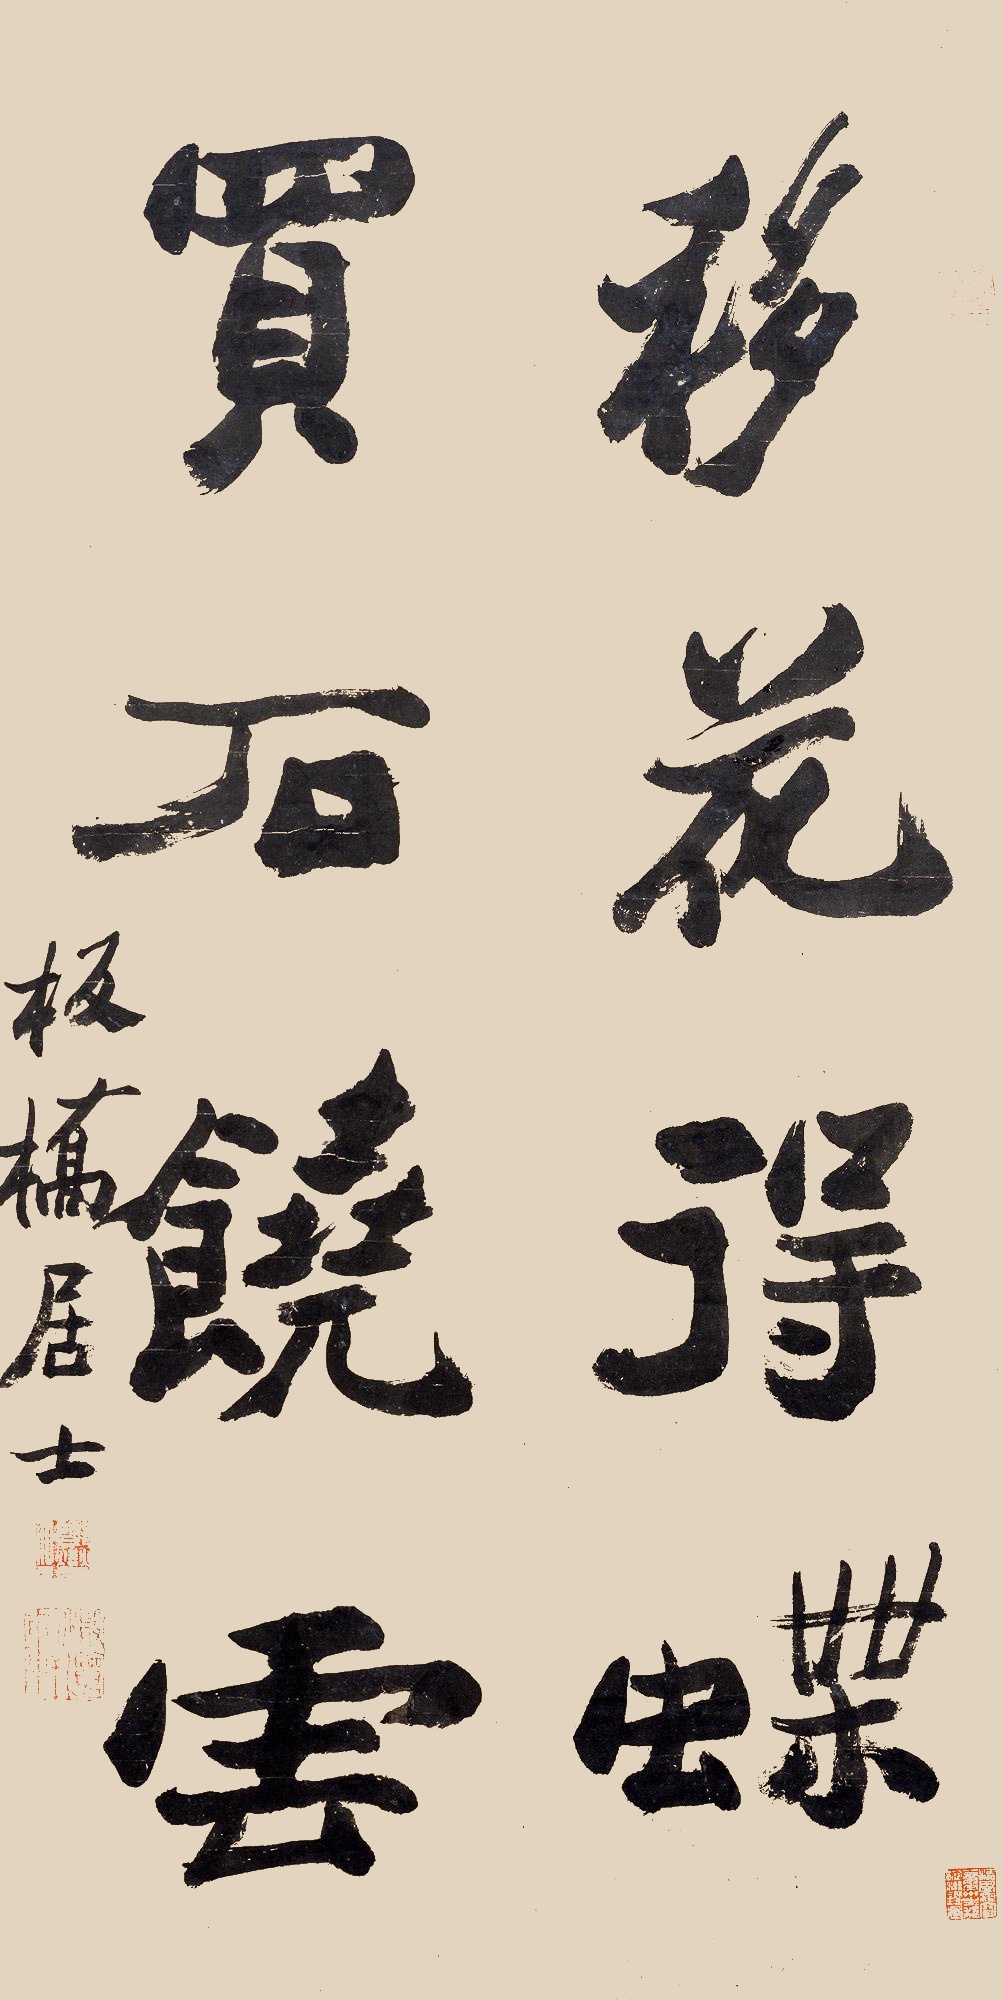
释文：移花得蝶，买石饶云。板桥居士。